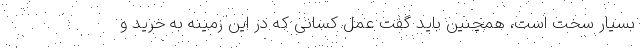
بسیار سخت است، همچنین باید گفت عمل کسانی که در این زمینه به خرید و